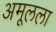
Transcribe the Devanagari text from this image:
अमूलला